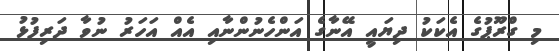
މި ގްރޫޕުގެ އެކަކު ދިޔައީ އޭނާގެ އަންހެނުންނާއި އެއް އަހަރު ނުވާ ދަރިފުޅު